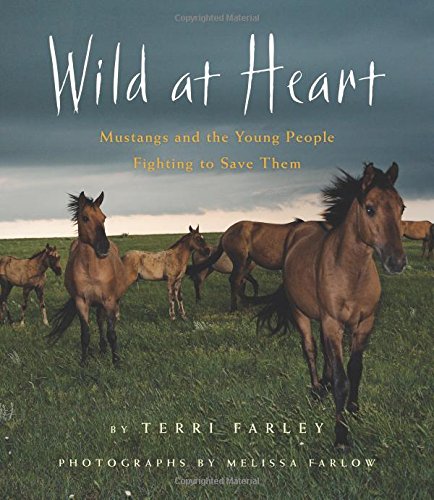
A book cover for Wild at Heart: Mustangs and the Young People Fighting to Save Them; Terri Farley; Children's Books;